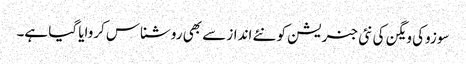
سوزوکی ویگن کی نئی جنریشن کو نئے انداز سے بھی روشناس کروایا گیا ہے۔